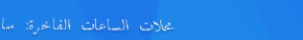
محلات الساعات الفاخرة: سا